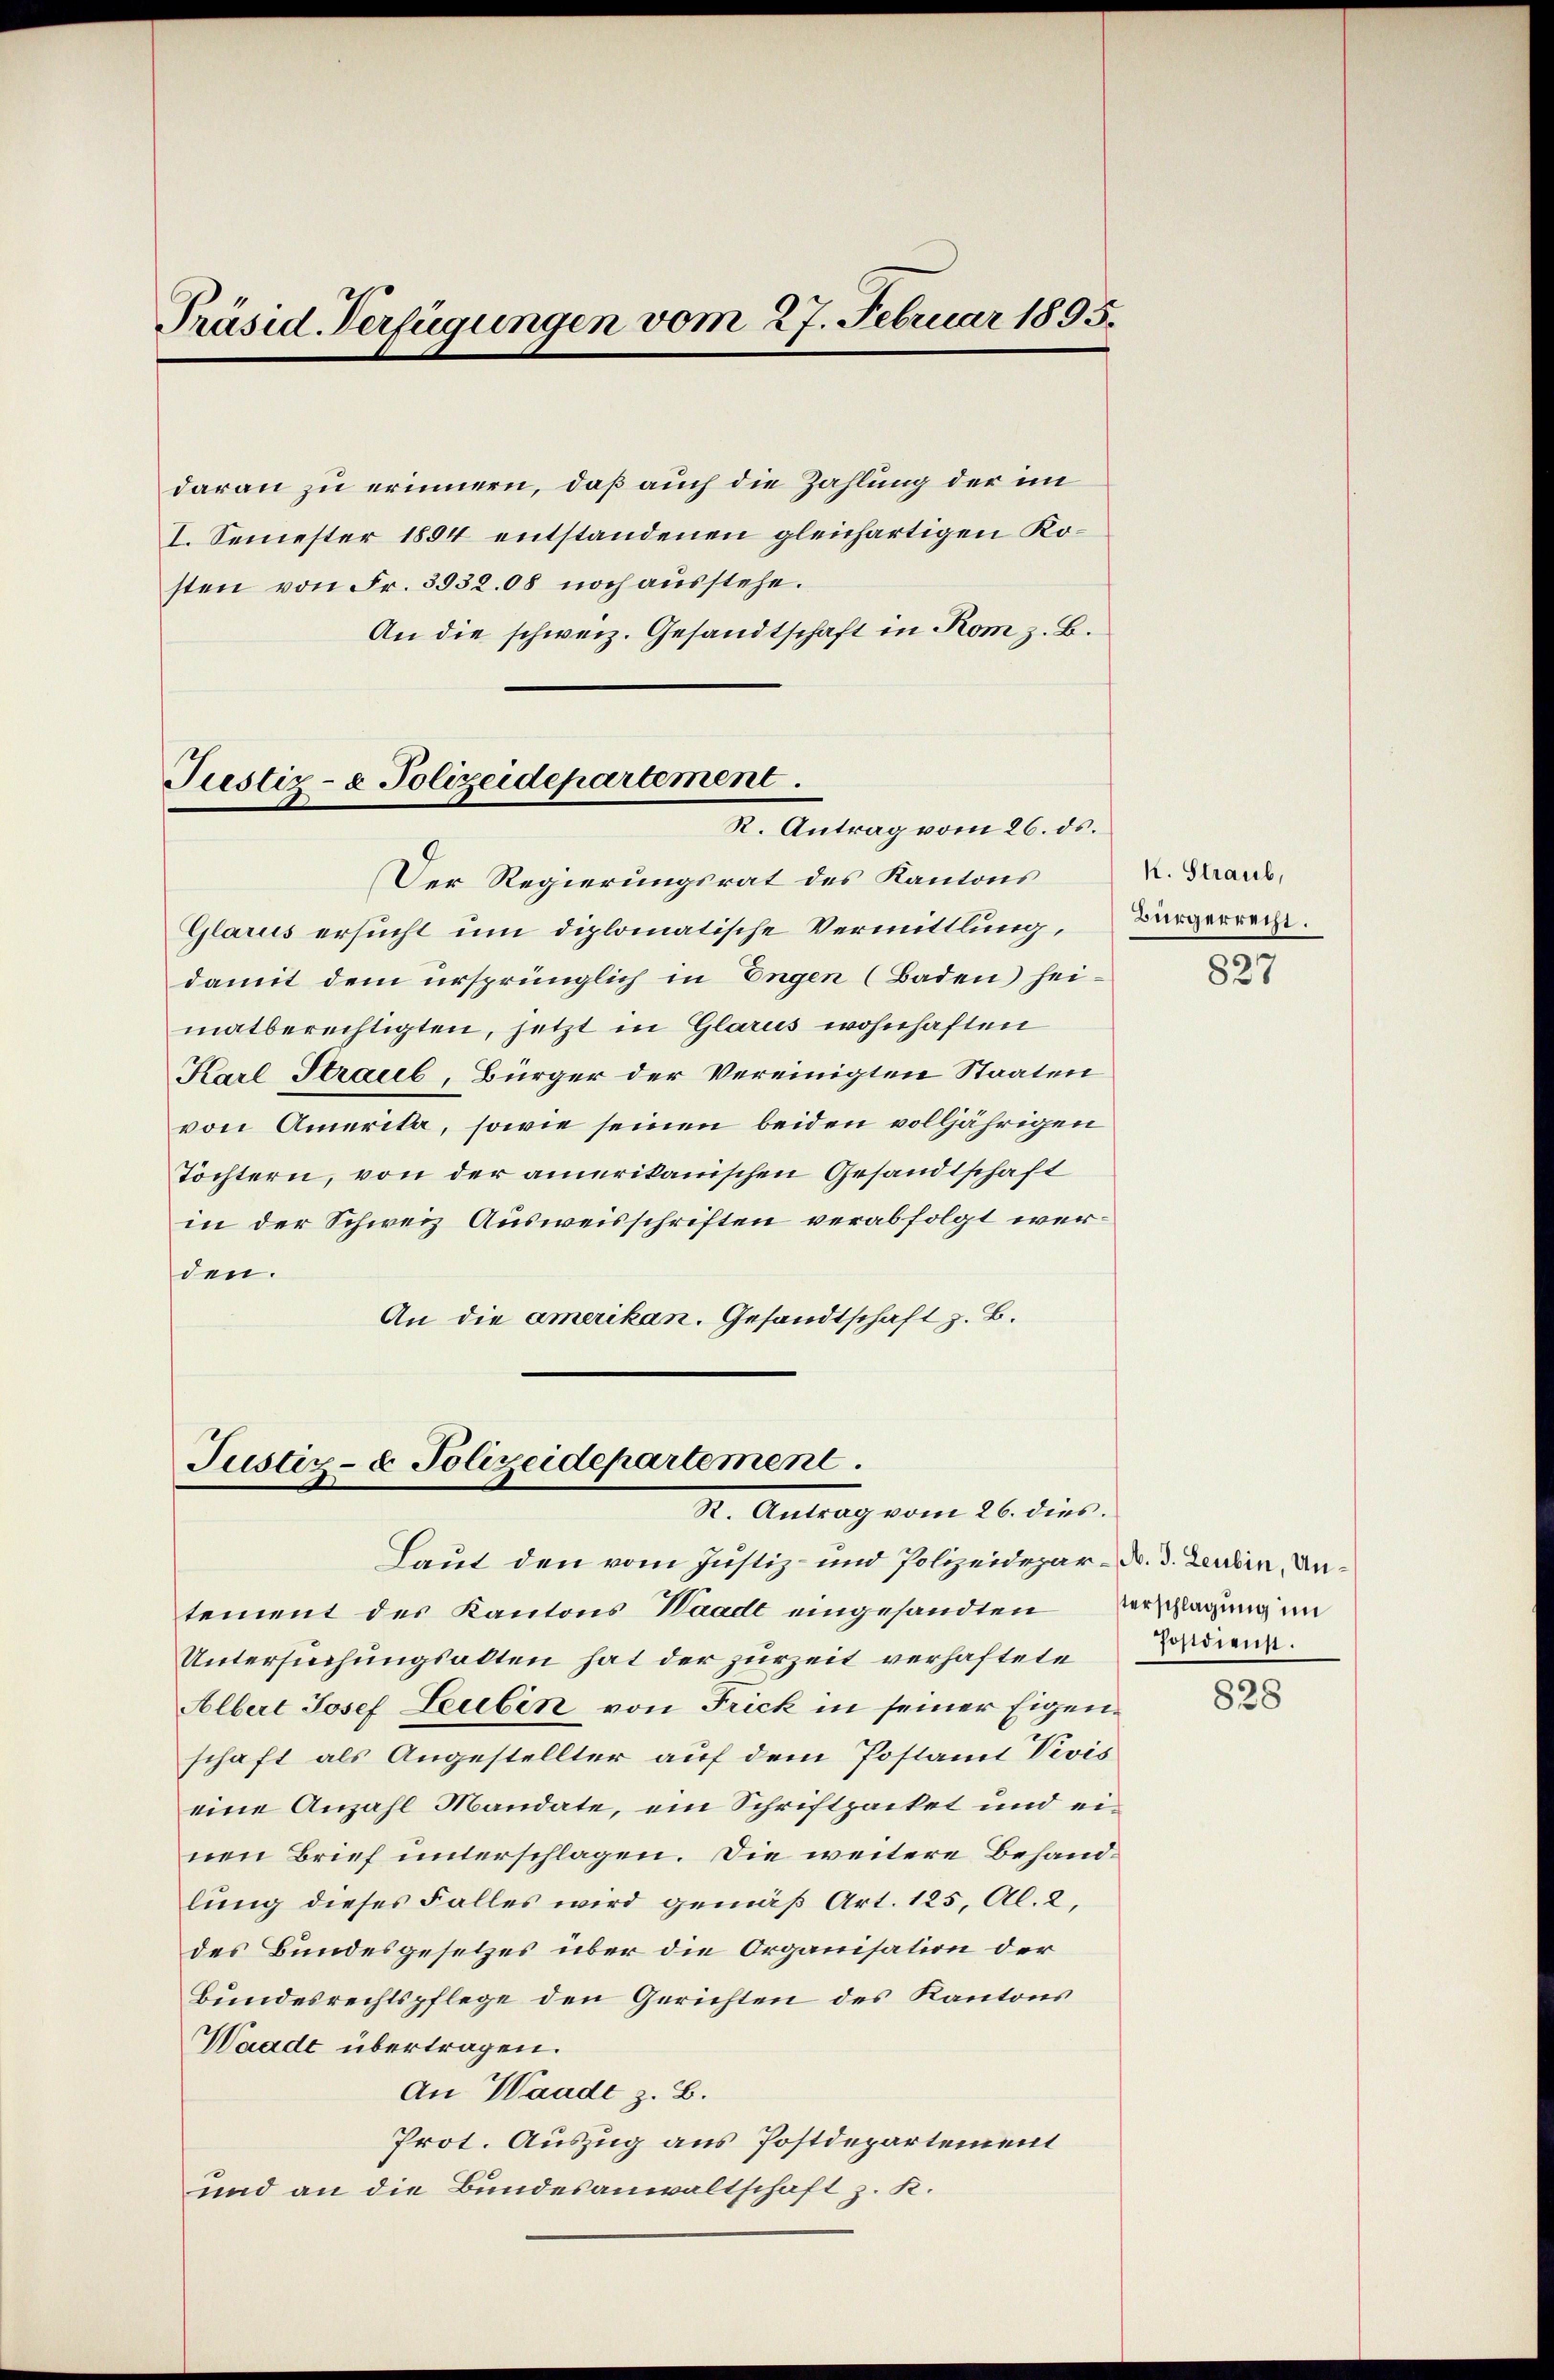
Präsid. Verfügungen vom 27. Februar 1895.

daran zu erinnern, daß auch die Zahlung der im
I. Semester 1884 entstandenen gleichartigen Kosten von Fr. 3032.08 noch ausstehe.
An die schweiz. Gesandtschaft in Rom z. B.

Justiz- & Polizeidepartement.
R. Antrag vom 26. ds.

Der Regierungsrat des Kantons
Glarus ersucht um diplomatische Vermittlung,
damit dem ursprünglich in Engen (Baden heimatberechtigten, jetzt in Glarus wohnhaften
Karl Straub, Bürger der Vereinigten Staaten
von Amerika, sowie seinen beiden volljährigen
Töchtern, von der amerikanischen Gesandtschaft
in der Schweiz Ausweisschriften verabfolgt werden.
An die amerikan. Gesandtschaft z. B.

Justiz- & Polizeidepartement.
R. Antrag vom 26. dies.

k. Straub,
Bürgerrecht.

Laut den vom Justiz- und Polizeidepar- Dr. d. Leubin, Untement des Kantons Waadt eingesandten Verschlagung im
Untersuchungsalten hat der zurzeit verhaftete
Albert Josef Leubin von Frick in seiner Eigenschaft als Angestellter auf dem Postamt Vivis
eine Anzahl Mandate, ein Schriftpacket und einen Brief unterschlagen. Die weitere Behandlung dieses Falles wird gemäß Art. 125, Al. 2,
des Bundesgesetzes über die Organisation der
Bundesrechtspflege den Gerichten des Kantons
Waadt übertragen.
An Waadt z. B.
Prot. Auszug aus Postdepartement
und an die Bundesanwaltschaft z. R.

827

Postdienst.

828